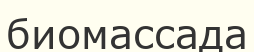
биомассада